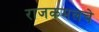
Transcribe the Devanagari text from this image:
राजकमलचे